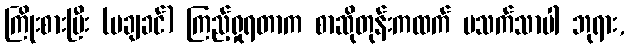
ကြိုးစားပြီး (မချခင်) ကြည့်ရှုရတာက စာဆိုတုန်းကထက် မသက်သာပါ ဘုရား,